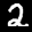
Label: 2